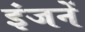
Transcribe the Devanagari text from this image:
इंजनें